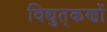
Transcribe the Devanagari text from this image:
विद्युत्‌कणों